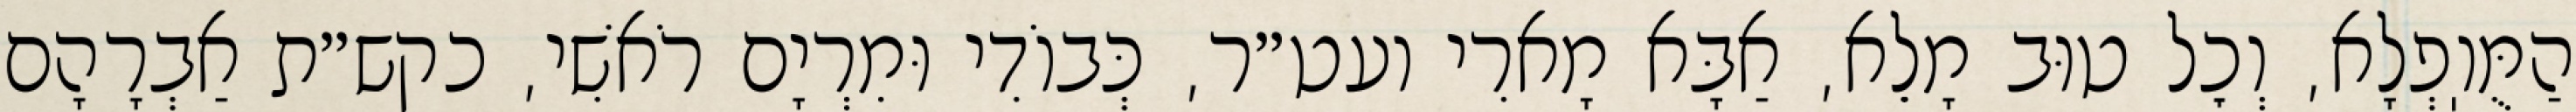
הַמֻּוֽפְלָא, וְכׇל טוּב מָלֵא, אַבָּא מָארִי ועט״ר, כְּבוֹדִי וּמִרְיָם רֹאשִׁי, כקש״ת אַבְרָהָם